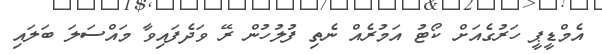
އެމްޑީޕީ ހަރުގެއަށް ކޯޓު އަމުރެއް ނެތި ފުލުހުން ރޭ ވަދެފައިވާ މައްސަލަ ބަލައި